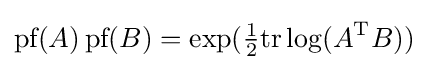
{\textrm {pf}}(A)\,{\textrm {pf}}(B)=\exp({\tfrac {1}{2}}\mathrm {tr} \log(A^{\text{T}}B))